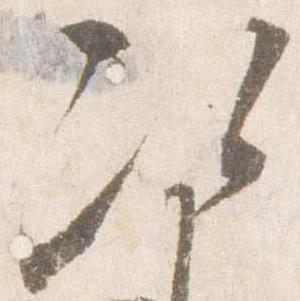
次